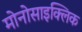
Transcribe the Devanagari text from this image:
मोनोसाइक्लिक